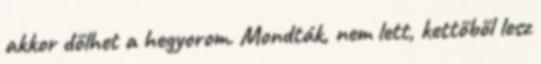
akkor dőlhet a hegyorom. Mondták, nem lett, kettőből lesz